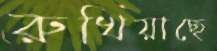
রুখিয়াছে